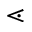
\lessdot